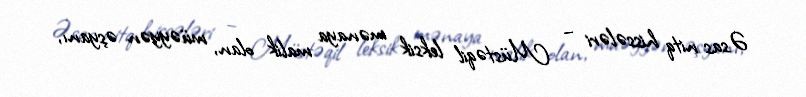
Əsas nitq hissələri – Müstəqil leksik mənaya malik olan, müəyyən əşyanı,